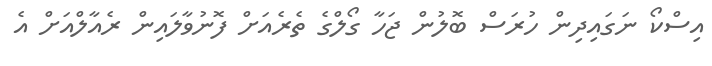
އިސްކޯ ނަގައިދިން ހުރަސް ބޮލުން ޖަހާ ގޯލްގެ ތެރެއަށް ފޮނުވާލައިން ރެއާލްއަށް އެ